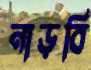
নাড়বি